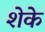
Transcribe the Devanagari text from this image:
शेके